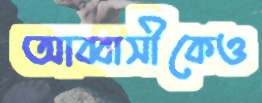
আব্বাসীকেও